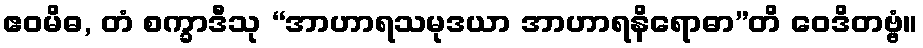
ဧဝမိဓ, တံ စက္ခာဒီသု “အာဟာရသမုဒယာ အာဟာရနိရောဓာ”တိ ဝေဒိတဗ္ဗံ။